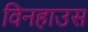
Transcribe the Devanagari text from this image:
विनहाउस